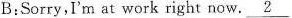
B:Sorry,I'm at work right now. \underline{2}